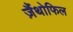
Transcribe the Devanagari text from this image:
ज़ैंथोफिल